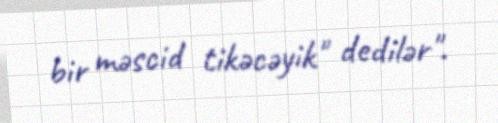
bir məscid tikəcəyik" dedilər".